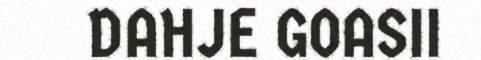
DAHJE GOASII